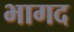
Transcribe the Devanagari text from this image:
भागद